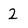
Character: 2